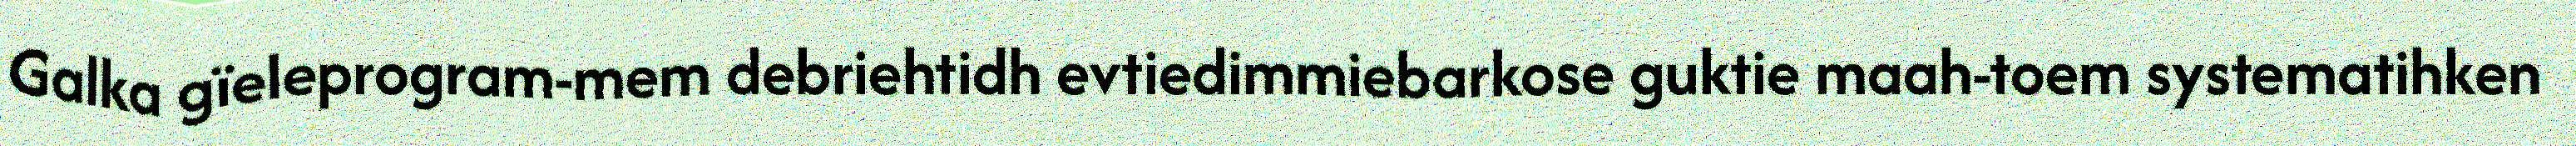
Galka gïeleprogram-mem debriehtidh evtiedimmiebarkose guktie maah-toem systematihken